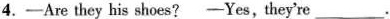
4.—— Are they his shoes? —— Yes, they're ___ .